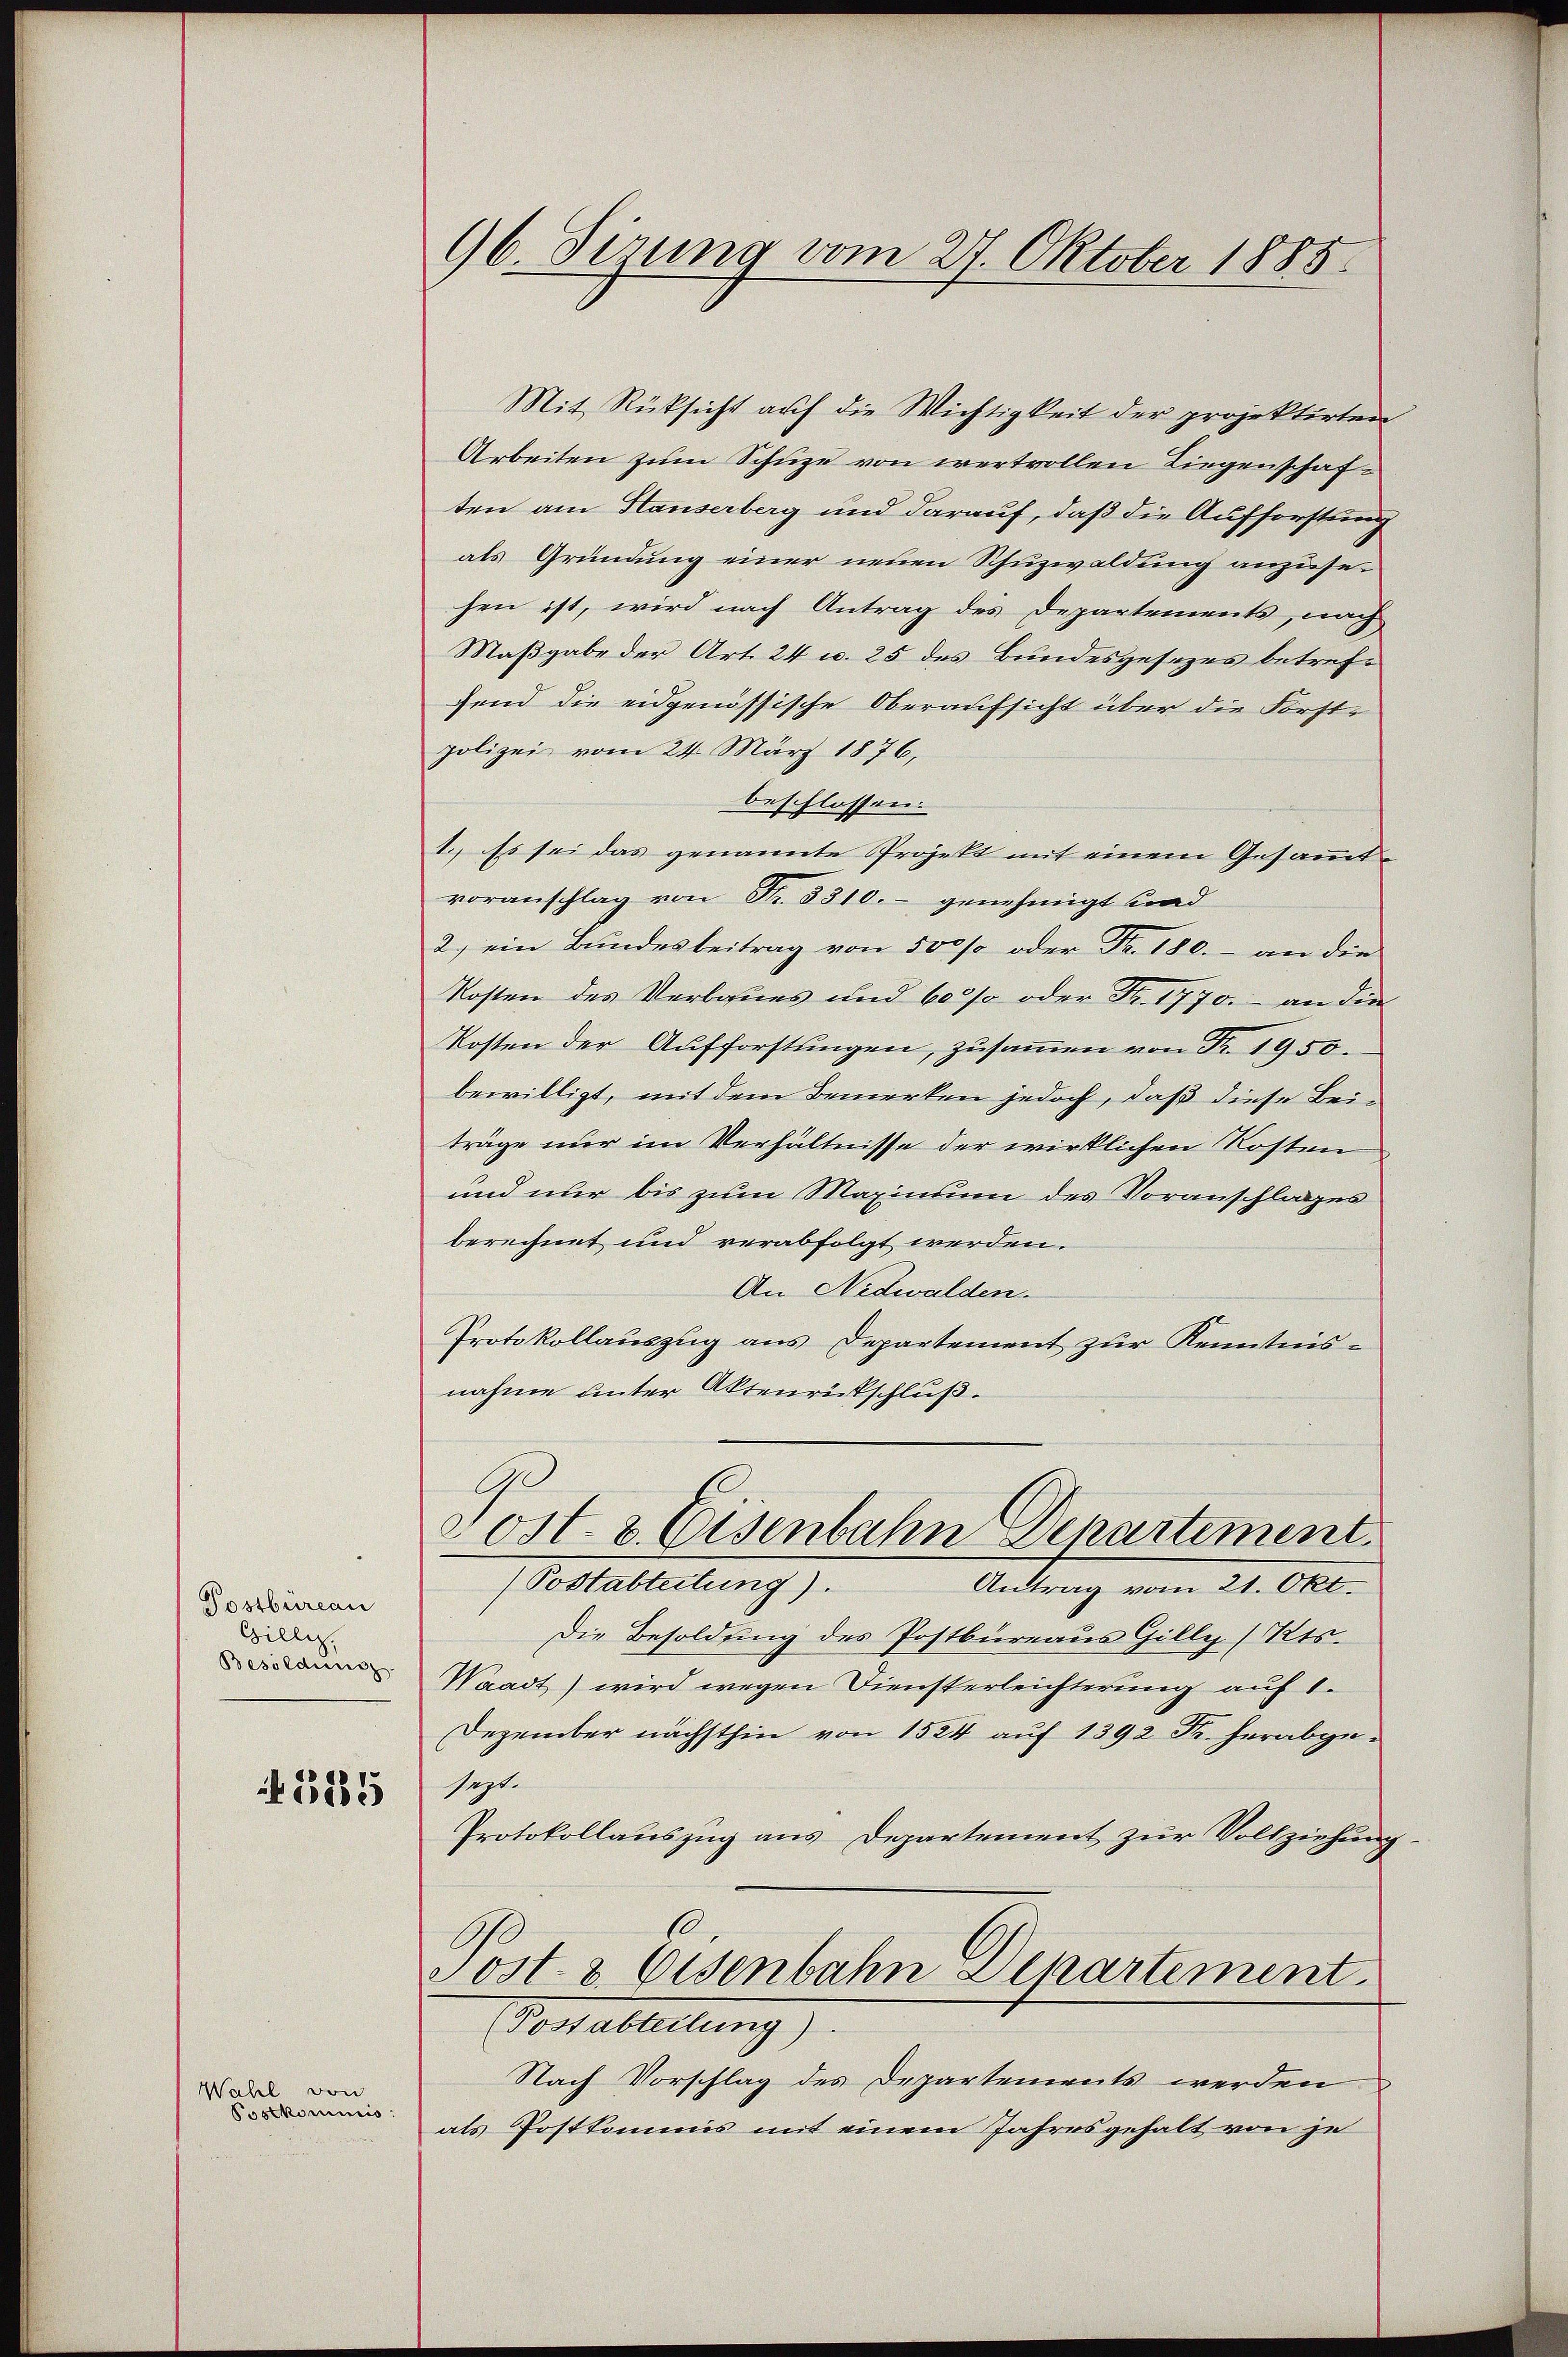
Postbüreau
Gillig,
Besoldung.

185

Wahl von
Postkommis

96 Firung vom 27. Oktober 1885.

Mit Rücksicht auf die Wichtigkeit der projektirten
Arbeiten zum Schüze von wertvollen Liegenschaften am Stauserberg und darauf, daß die Aufforstung
als Gründung einer neuen Schuzwaldung anzusesen ist, wird nach Antrag des Departements, nach
Maßgabe der Art. 24 u. 25 des Bundesgesezes betreffend die eidgenössische Oberaufsicht über die Forst-
polizei vom 24. März 1876,
beschlossen:
1. Es sei das genannte Projekt mit einem Gesammtvoranschlag von Fr. 3310.- genehmigt und
2.) ein Bundesbeitrag von 500 so oder Fr. 180.– an die
Kosten des Verbanes und 600% oder Fr. 1770. an die
Kosten der Aufforstŭngen, zusammen von Fr. 1950.
bewilligt, mit dem Bemerken jedoch, daß diese Bei-
träge nur im Verhältnisse der wirklichen Kosten
und nur bis zum Maximum des Voranschlages
berechnet und verabfolgt werden.
An Nidwalden.
Protokollauszug aus Departement zur Kenntnisnahme unter Aktenrückschluß.
20
Post. 8. Eisenbahn Departement.
(Postabteilung).
Antrag vom 21. Okt.
Die Besoldung des Postbureaus Gilly (Kts.
Waadt) wird wegen Diensterleichterung auf 1.
Dezember nächsthin von 1524 auf 1392 Fr. herabgesept.
Protokollauszug aus Departement zur Vollziehung
s
Post- & Eisenbahn Departement.
Vorableitung).
Nach Vorschlag des Departements werden
als Postkommis mit einem Jahresgehalt von je